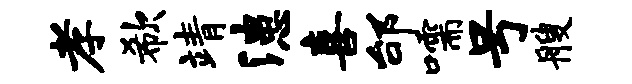
孝欷靖漶喜邰嚅号艘